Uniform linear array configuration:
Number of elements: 32
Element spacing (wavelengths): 1
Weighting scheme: binomial
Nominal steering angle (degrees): -60
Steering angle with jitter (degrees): -58.068
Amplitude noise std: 0.05
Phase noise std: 0.05

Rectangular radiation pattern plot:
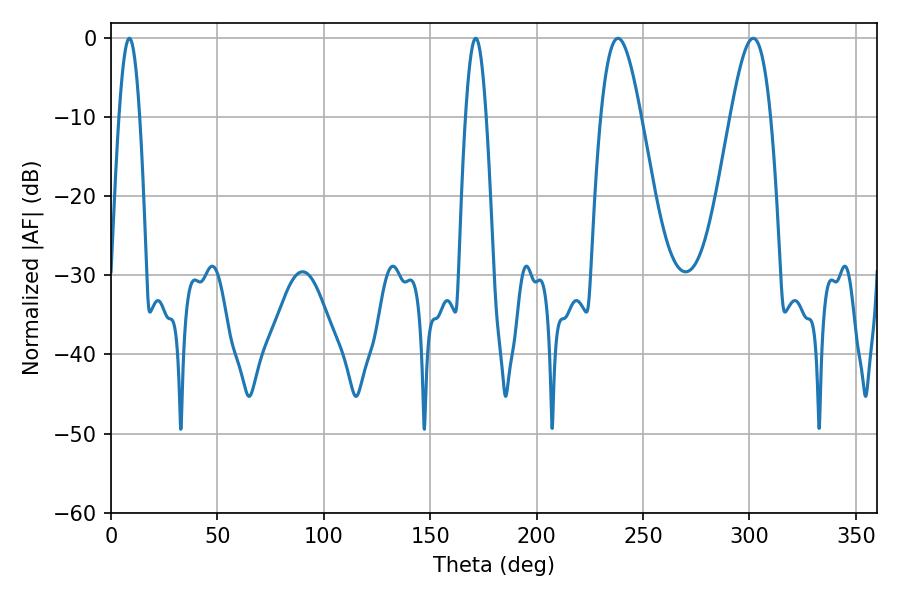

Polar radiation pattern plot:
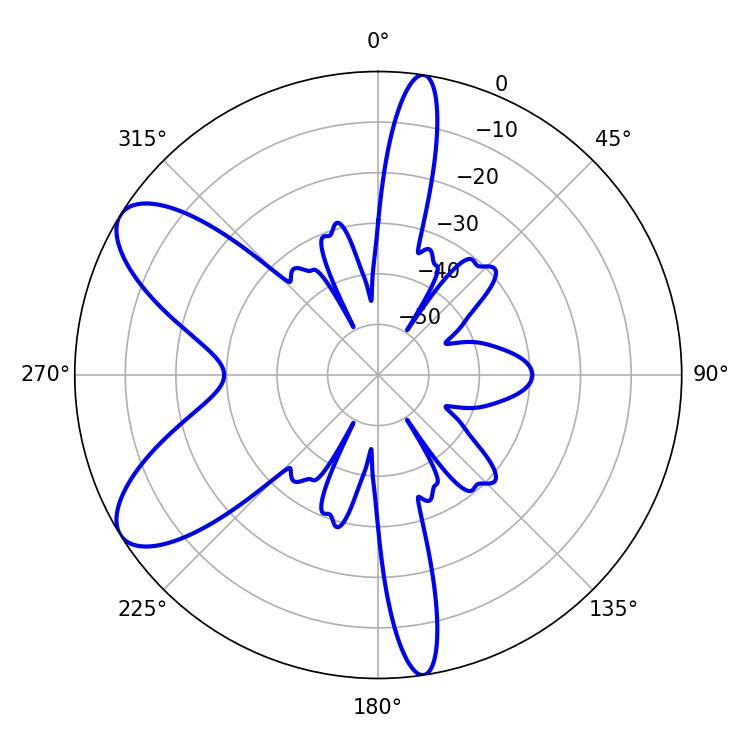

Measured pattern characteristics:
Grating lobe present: TRUE
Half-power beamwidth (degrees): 5.22
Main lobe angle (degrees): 8.64